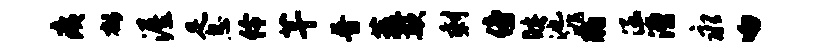
痍郁渥足息伶芊普蔬欺剩傍睡池洮肠涵漕永吻